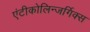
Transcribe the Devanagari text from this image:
एंटीकोलिन्जर्गिक्स